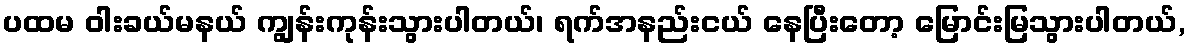
ပထမ ဝါးခယ်မနယ် ကျွန်းကုန်းသွားပါတယ်၊ ရက်အနည်းငယ် နေပြီးတော့ မြောင်းမြသွားပါတယ်,